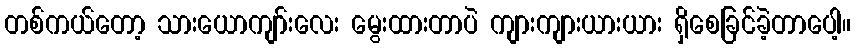
တစ်ကယ်တော့ သားယောကျာ်းလေး မွေးထားတာပဲ ကျားကျားယားယား ရှိစေခြင်ခဲ့တာပေါ့။